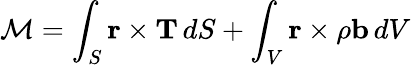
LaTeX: {\mathcal{M}}=\int_{S}\mathbf{r}\times\mathbf{T}\, dS+\int_{V}\mathbf{r}\times\rho\mathbf{b}\, dV